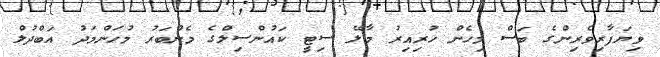
ވިޔަފާރިވެރިންގެ ބަސް މިހެން ހުރިއިރު މާލޭ ސިޓީ ކައުންސިލްގެ މެންބަރު މުހަންމަދު އަބްދުލް